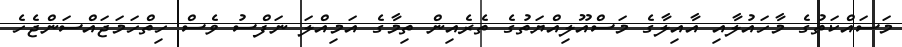
މަސައްކަތުގެ މާހައުލާއި އާއިލާގެ މަސްއޫލިއްޔަތުގެ ތެރެއިން ތިމާގެ އަމިއްލަ ނަފްސު ވެސް ހިތްހަމަޖައްސަންޖެހެ